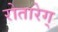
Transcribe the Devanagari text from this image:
रोतारेग्